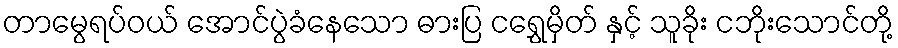
တာမွေရပ်ဝယ် အောင်ပွဲခံနေသော ဓားပြ ငရွှေမှိတ် နှင့် သူခိုး ငဘိုးသောင်တို့